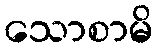
သောစာမိ